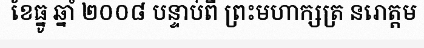
ខែធ្នូ ឆ្នាំ ២០០៨ បន្ទាប់ពី ព្រះមហាក្សត្រ នរោត្តម